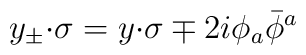
y_{\pm}{\cdot\sigma}=y{\cdot\sigma}\mp 2i\phi_{a}\bar{\phi}{}^{a}